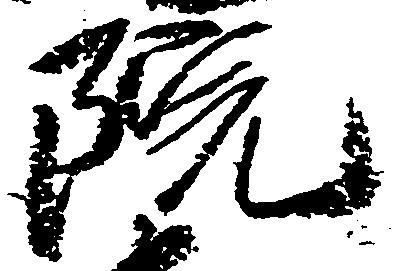
院